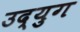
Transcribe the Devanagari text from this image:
उद्युग